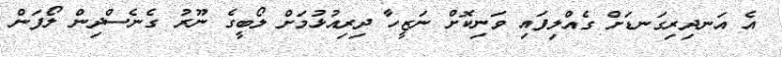
އެ އަނދިރިގަނޑަށް ގެއްލިފައި ވަނިކޮށް ނަޒީހާ ދިރިއުޅުމަށް ލޯބީގެ ނޫރު ގެނެސްދިން ލޯފަން